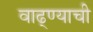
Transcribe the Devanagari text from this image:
वाढ्ण्याची